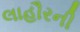
લાહૌરની